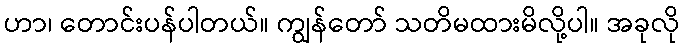
ဟာ၊ တောင်းပန်ပါတယ်။ ကျွန်တော် သတိမထားမိလို့ပါ။ အခုလို